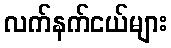
လက်နက်ငယ်များ